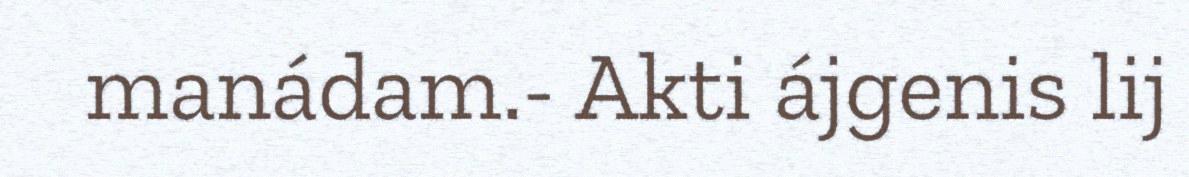
manádam.- Akti ájgenis lij